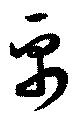
帛